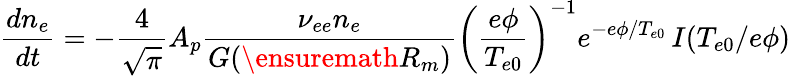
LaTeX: \frac{dn_{e}}{dt}=-\frac{4}{\sqrt{\pi}}A_{p}\frac{\nu_{ee}n_{e}}{G(\ensuremath{R_{m}})}\left(\frac{e\phi}{T_{e0}}\right)^{-1}e^{-e\phi/T_{e0}}\, I(T_{e0}/e\phi)